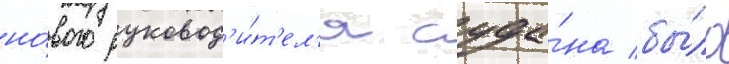
но́вого руковод'и́т'ел'я суда́на бы́ло